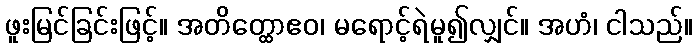
ဖူးမြင်ခြင်းဖြင့်။ အတိတ္ထောဧဝ၊ မရောင့်ရဲမူ၍လျှင်။ အဟံ၊ ငါသည်။